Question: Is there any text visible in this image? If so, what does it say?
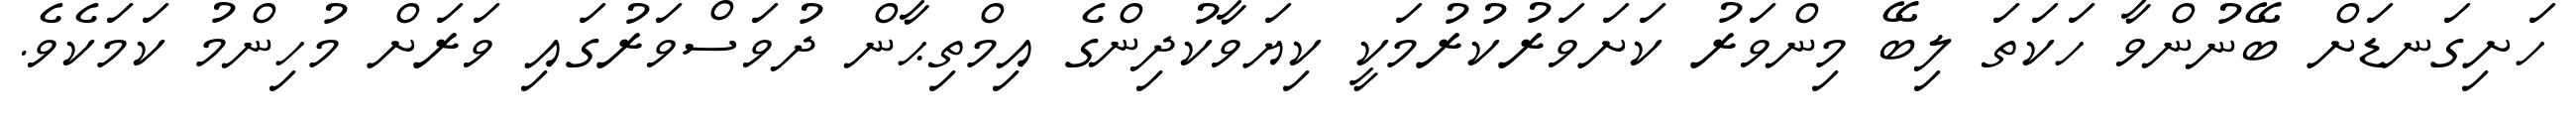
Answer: ހަށިގަނޑަށް ބޭނުންވާ ހަކަތަ ލިބޭ މިންވަރު ކަށަވަރުކުރުމަކީ ކިޔަވާކުދިންގެ އިމްތިޙާން ދުވަސްވަރުގައި ވަރަށް މުހިންމު ކަމަކެވެ.